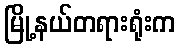
မြို့နယ်တရားရုံးက